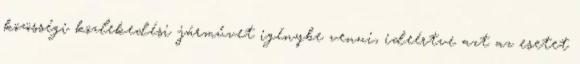
közösségi közlekedési járművet igénybe venni, ideértve azt az esetet